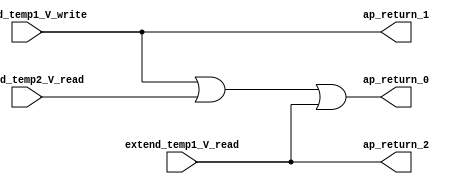
module sp_extender (
        extend_temp1_V_read,
        extend_temp2_V_read,
        extend_temp1_V_write,
        ap_return_0,
        ap_return_1,
        ap_return_2
);
input  [121:0] extend_temp1_V_read;
input  [121:0] extend_temp2_V_read;
input  [121:0] extend_temp1_V_write;
output  [121:0] ap_return_0;
output  [121:0] ap_return_1;
output  [121:0] ap_return_2;
wire   [121:0] tmp_fu_44_p2;
wire   [121:0] r_V_fu_50_p2;
assign ap_return_0 = r_V_fu_50_p2;
assign ap_return_1 = extend_temp1_V_write;
assign ap_return_2 = extend_temp1_V_read;
assign r_V_fu_50_p2 = (tmp_fu_44_p2 | extend_temp1_V_read);
assign tmp_fu_44_p2 = (extend_temp1_V_write | extend_temp2_V_read);
endmodule